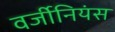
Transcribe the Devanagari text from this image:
वर्जीनियंस